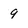
Character: 9